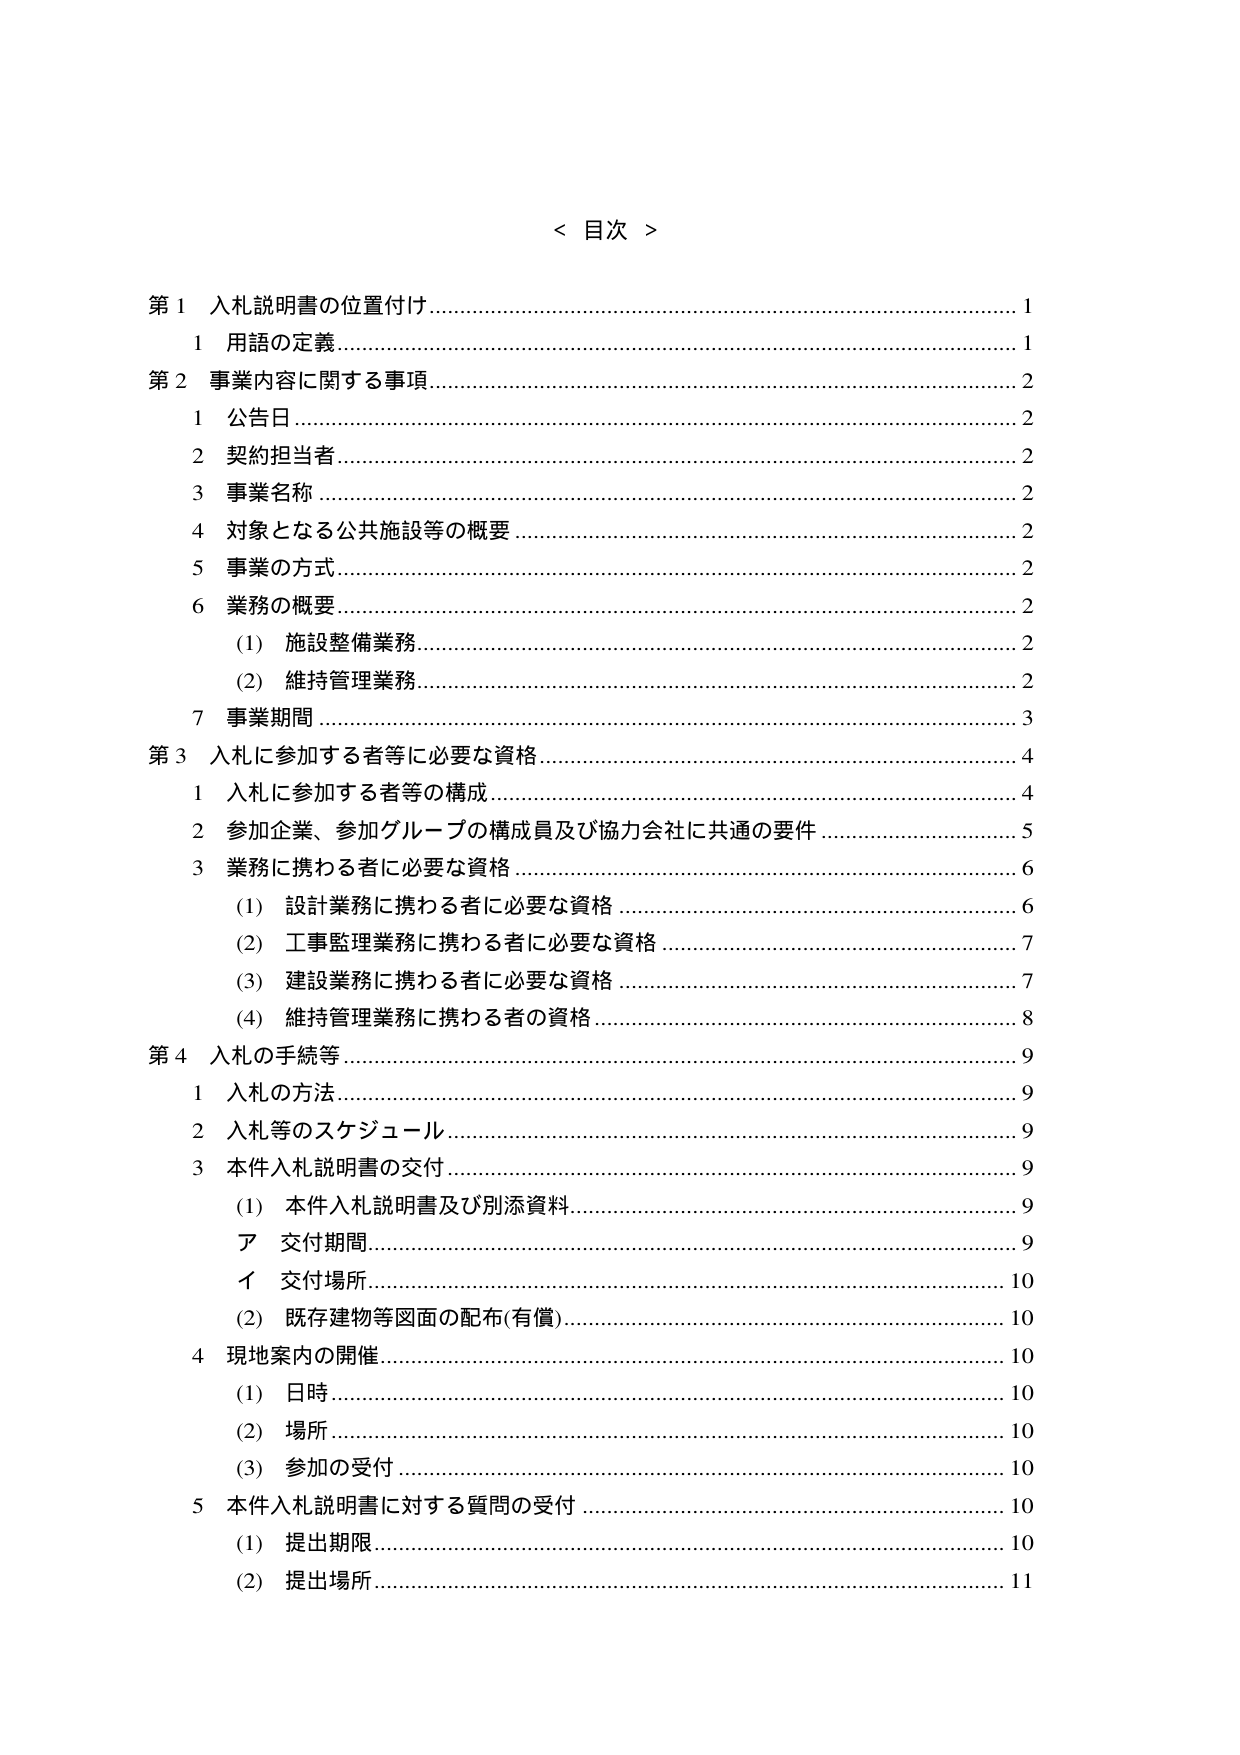
< 目次 >

第１ 入札説明書の位置付け................................................... 1
　１ 用語の定義............................................................... 1

第２ 事業内容に関する事項................................................... 2
　１ 公告日................................................................. 2
　２ 契約担当者............................................................. 2
　３ 事業名称............................................................. 2
　４ 対象となる公共施設等の概要......................................... 2
　５ 事業の方式........................................................... 2
　６ 業務の概要........................................................... 2
　　(1) 施設整備業務................................................... 2
　　(2) 維持管理業務................................................... 2
　７ 事業期間............................................................. 3

第３ 入札に参加する者等に必要な資格..................................... 4
　１ 入札に参加する者等の構成........................................... 4
　２ 参加企業、参加グループの構成員及び協力会社に共通の要件........... 5
　３ 業務に携わる者に必要な資格......................................... 6
　　(1) 設計業務に携わる者に必要な資格............................... 6
　　(2) 工事監理業務に携わる者に必要な資格........................... 7
　　(3) 建設業務に携わる者に必要な資格............................... 7
　　(4) 維持管理業務に携わる者の資格................................... 8

第４ 入札の手続等........................................................ 9
　１ 入札の方法........................................................... 9
　２ 入札等のスケジュール............................................... 9
　３ 本件入札説明書の交付............................................... 9
　　(1) 本件入札説明書及び別添資料..................................... 9
　　　ア 交付期間..................................................... 9
　　　イ 交付場所..................................................... 10
　　(2) 既存建物等図面の配布(有償)................................... 10
　４ 現地案内の開催..................................................... 10
　　(1) 日時........................................................... 10
　　(2) 場所........................................................... 10
　　(3) 参加の受付................................................... 10
　５ 本件入札説明書に対する質問の受付................................... 10
　　(1) 提出期限..................................................... 10
　　(2) 提出場所..................................................... 11